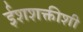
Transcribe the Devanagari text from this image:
ईशशक्तीशी